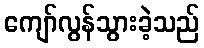
ကျော်လွန်သွားခဲ့သည်